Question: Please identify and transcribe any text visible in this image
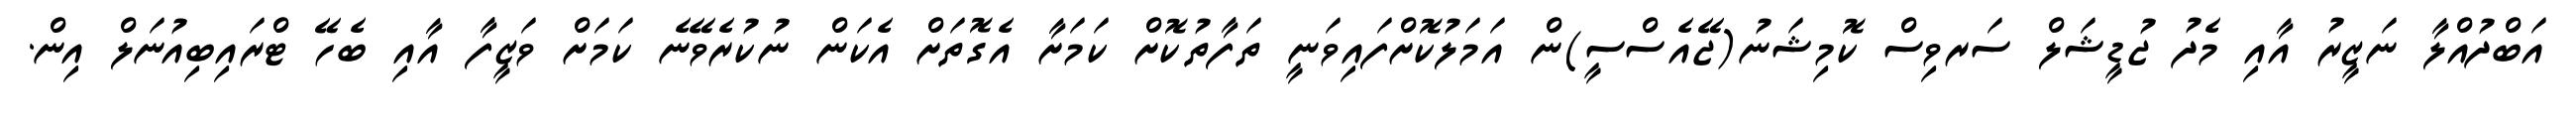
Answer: އަބްދުއްލާ ނަޒީރު އާއި މެދު ޖުޑީޝަލް ސަރވިސް ކޮމިޝަނު(ޖޭއެސްސީ)ން އަމަލުކޮށްފައިވަނީ ތަފާތުކޮށް ކަމަށާ އެގޮތަށް އެކަން ނުކުރެވޭނެ ކަމަށް ވަޒީފާ އާއި ބެހޭ ޓްރައިބިއުނަލް އިން.